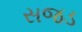
સજડ